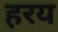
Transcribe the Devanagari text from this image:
हरय